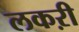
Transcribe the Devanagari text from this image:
लकऱी